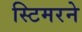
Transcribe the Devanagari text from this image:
स्टिमरने